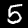
Label: 5